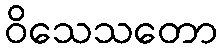
ဝိသေသတော